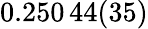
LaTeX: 0.250\, 44(35)